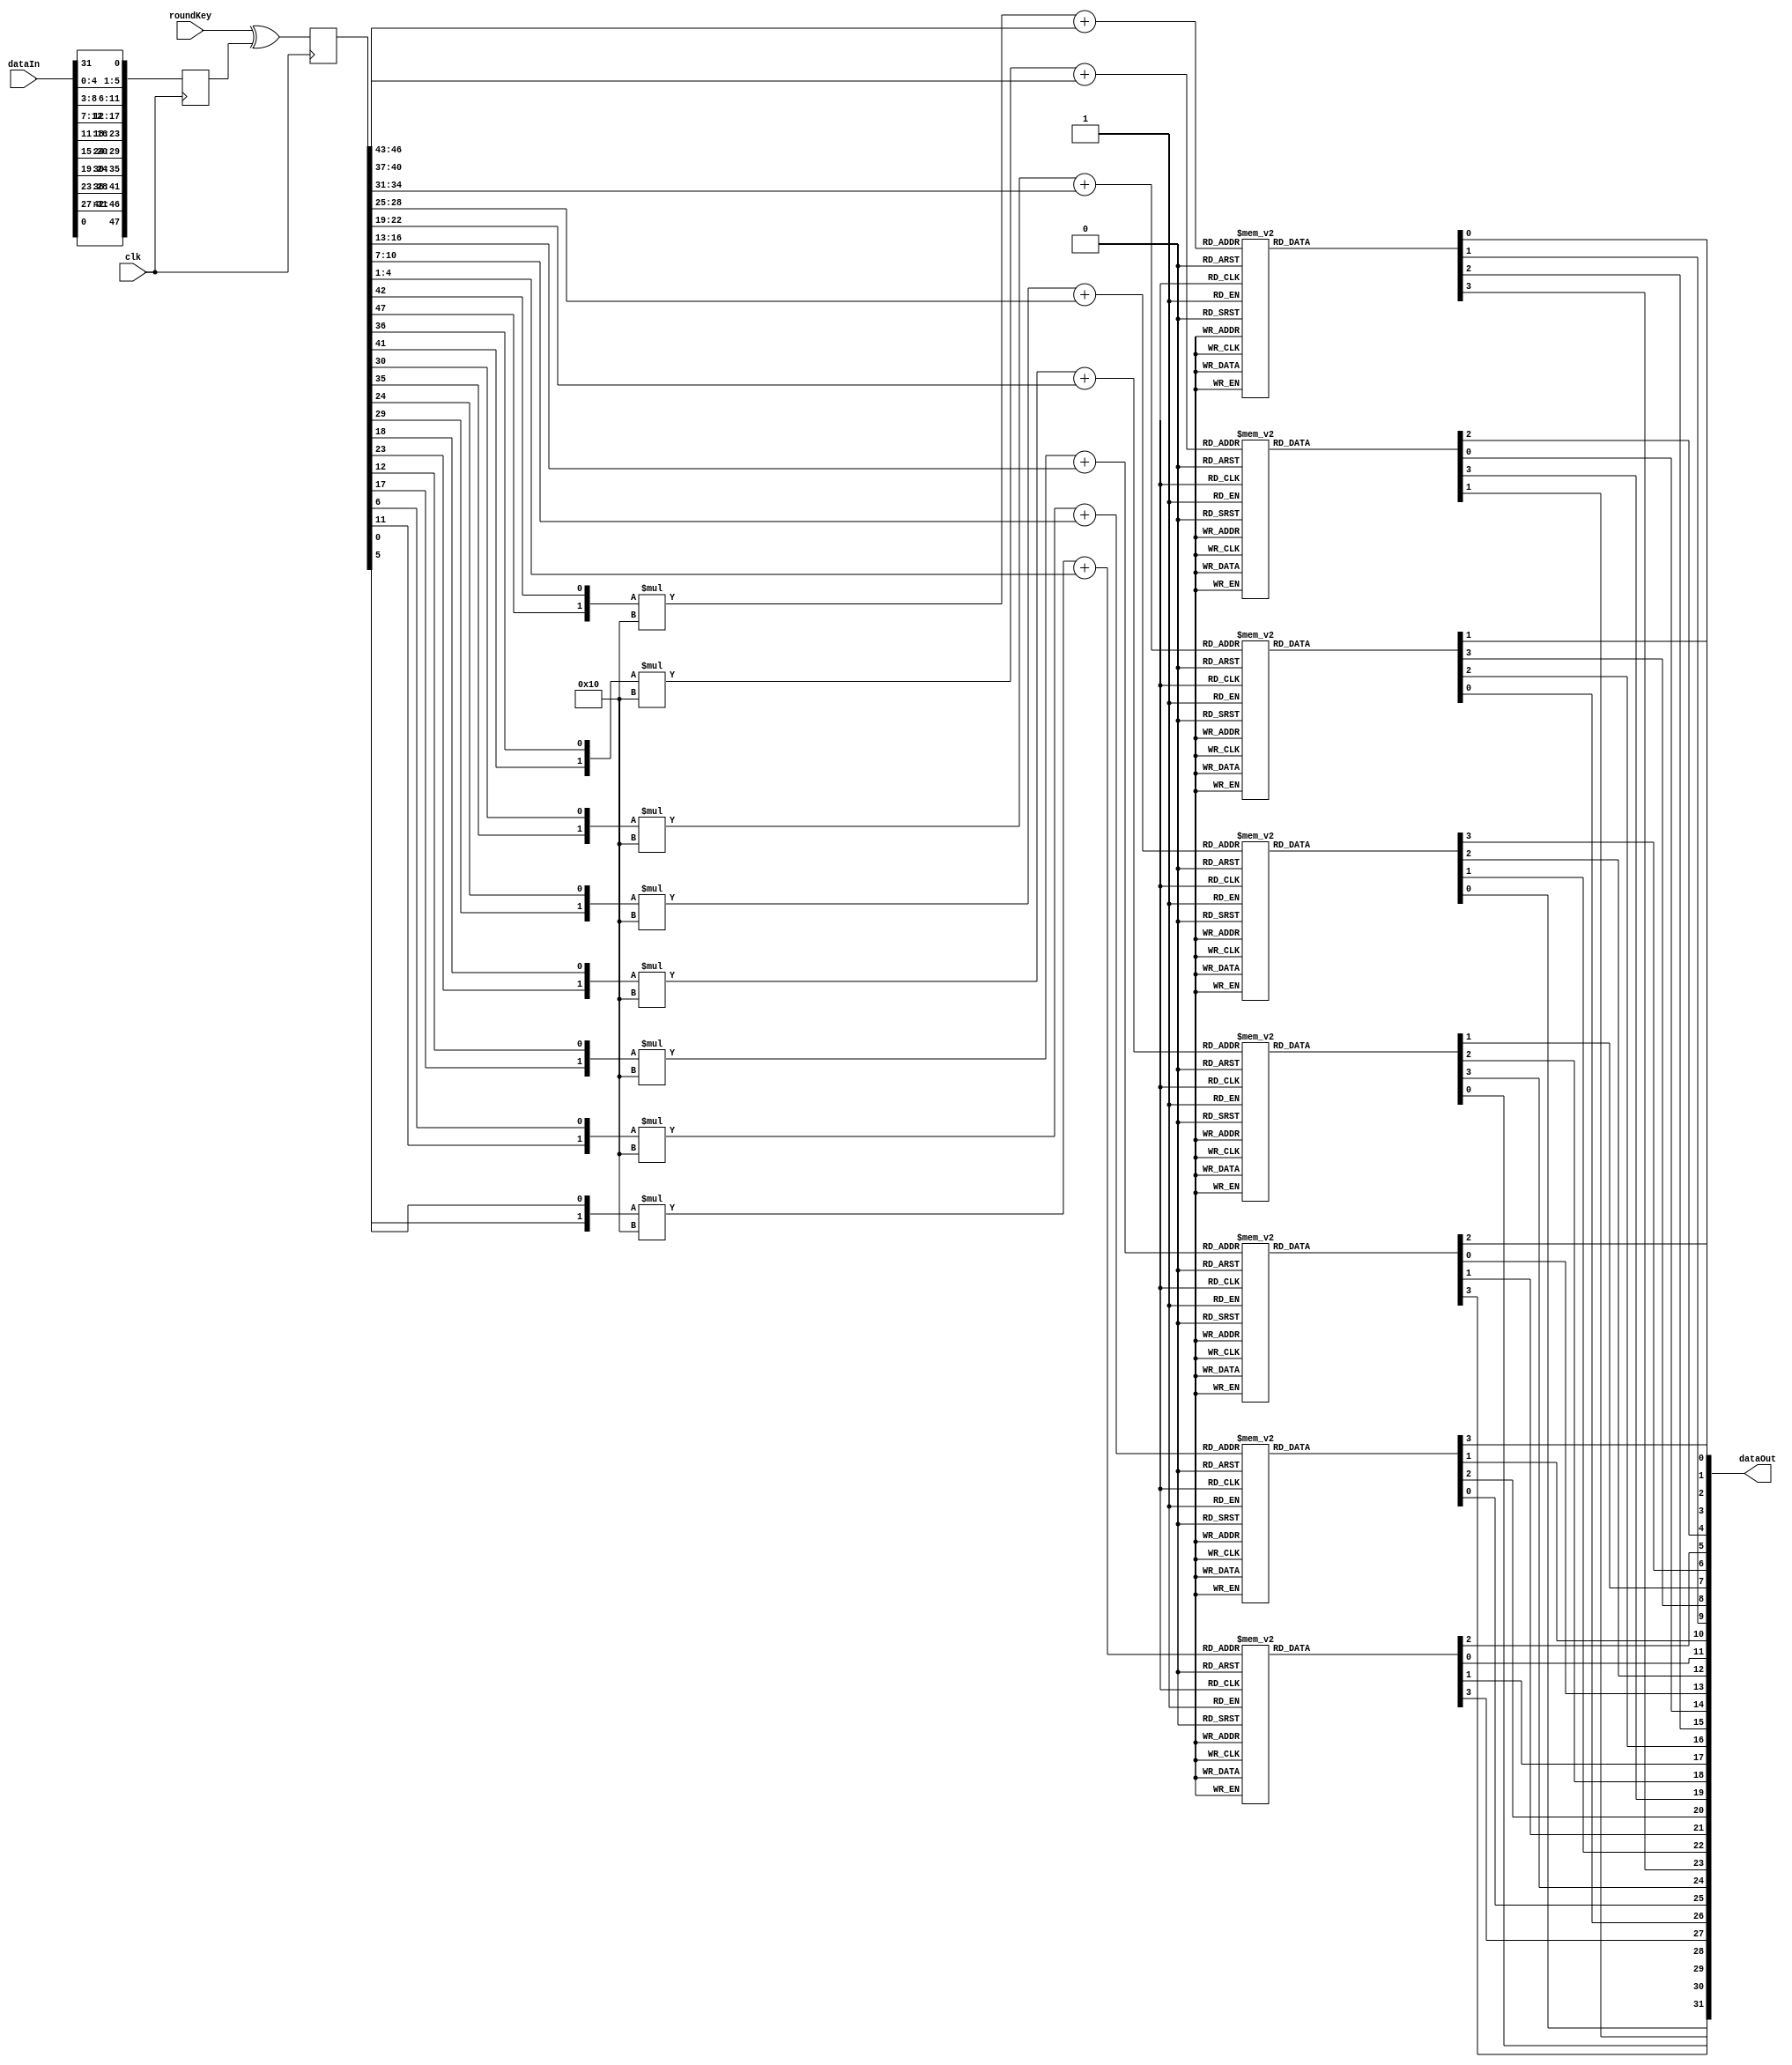
`timescale 1ns / 1ps
//////////////////////////////////////////////////////////////////////////////////
// Company: 
// Engineer: 
// 
// Design Name: 
// Module Name: des_func
// Project Name: 
// Target Devices: 
// Tool Versions: 
// Description: 
// 
// Dependencies: 
// 
// Revision:
// Revision 0.01 - File Created
// Additional Comments:
// 
//////////////////////////////////////////////////////////////////////////////////


module des_func(clk, dataIn, roundKey, dataOut);

function [47:0] expansion;
    input [31:0] in;
    integer expansion_table[47:0];
    integer i;
    begin
        expansion_table[0] = 31;
        expansion_table[1] = 0;
        expansion_table[2] = 1;
        expansion_table[3] = 2;
        expansion_table[4] = 3;
        expansion_table[5] = 4;
        expansion_table[6] = 3;
        expansion_table[7] = 4;
        expansion_table[8] = 5;
        expansion_table[9] = 6;
        expansion_table[10] = 7;
        expansion_table[11] = 8;
        expansion_table[12] = 7;
        expansion_table[13] = 8;
        expansion_table[14] = 9;
        expansion_table[15] = 10;
        expansion_table[16] = 11;
        expansion_table[17] = 12;
        expansion_table[18] = 11;
        expansion_table[19] = 12;
        expansion_table[20] = 13;
        expansion_table[21] = 14;
        expansion_table[22] = 15;
        expansion_table[23] = 16;
        expansion_table[24] = 15;
        expansion_table[25] = 16;
        expansion_table[26] = 17;
        expansion_table[27] = 18;
        expansion_table[28] = 19;
        expansion_table[29] = 20;
        expansion_table[30] = 19;
        expansion_table[31] = 20;
        expansion_table[32] = 21;
        expansion_table[33] = 22;
        expansion_table[34] = 23;
        expansion_table[35] = 24;
        expansion_table[36] = 23;
        expansion_table[37] = 24;
        expansion_table[38] = 25;
        expansion_table[39] = 26;
        expansion_table[40] = 27;
        expansion_table[41] = 28;
        expansion_table[42] = 27;
        expansion_table[43] = 28;
        expansion_table[44] = 29;
        expansion_table[45] = 30;
        expansion_table[46] = 31;
        expansion_table[47] = 0;
        
        for(i=0; i < 48; i=i+1)
            expansion[47-i] = in[31- expansion_table[i]];
    end
endfunction 

function [3:0] sBox1;
    input [1:0] row;
    input  [3:0] col;
    reg [3:0] sBoxTable[3:0][15:0];
    begin
 			sBoxTable[0][0] = 14;
			sBoxTable[0][1] = 4;
			sBoxTable[0][2] = 13;
			sBoxTable[0][3] = 1;
			sBoxTable[0][4] = 2;
			sBoxTable[0][5] = 15;
			sBoxTable[0][6] = 11;
			sBoxTable[0][7] = 8;
			sBoxTable[0][8] = 3;
			sBoxTable[0][9] = 10;
			sBoxTable[0][10] = 6;
			sBoxTable[0][11] = 12;
			sBoxTable[0][12] = 5;
			sBoxTable[0][13] = 9;
			sBoxTable[0][14] = 0;
			sBoxTable[0][15] = 7;
			sBoxTable[1][0] = 0;
			sBoxTable[1][1] = 15;
			sBoxTable[1][2] = 7;
			sBoxTable[1][3] = 4;
			sBoxTable[1][4] = 14;
			sBoxTable[1][5] = 2;
			sBoxTable[1][6] = 13;
			sBoxTable[1][7] = 1;
			sBoxTable[1][8] = 10;
			sBoxTable[1][9] = 6;
			sBoxTable[1][10] = 12;
			sBoxTable[1][11] = 11;
			sBoxTable[1][12] = 9;
			sBoxTable[1][13] = 5;
			sBoxTable[1][14] = 3;
			sBoxTable[1][15] = 8;
			sBoxTable[2][0] = 4;
			sBoxTable[2][1] = 1;
			sBoxTable[2][2] = 14;
			sBoxTable[2][3] = 8;
			sBoxTable[2][4] = 13;
			sBoxTable[2][5] = 6;
			sBoxTable[2][6] = 2;
			sBoxTable[2][7] = 11;
			sBoxTable[2][8] = 15;
			sBoxTable[2][9] = 12;
			sBoxTable[2][10] = 9;
			sBoxTable[2][11] = 7;
			sBoxTable[2][12] = 3;
			sBoxTable[2][13] = 10;
			sBoxTable[2][14] = 5;
			sBoxTable[2][15] = 0;
			sBoxTable[3][0] = 15;
			sBoxTable[3][1] = 12;
			sBoxTable[3][2] = 8;
			sBoxTable[3][3] = 2;
			sBoxTable[3][4] = 4;
			sBoxTable[3][5] = 9;
			sBoxTable[3][6] = 1;
			sBoxTable[3][7] = 7;
			sBoxTable[3][8] = 5;
			sBoxTable[3][9] = 11;
			sBoxTable[3][10] = 3;
			sBoxTable[3][11] = 14;
			sBoxTable[3][12] = 10;
			sBoxTable[3][13] = 0;
			sBoxTable[3][14] = 6;
			sBoxTable[3][15] = 13;   
            
            sBox1 = sBoxTable[row][col];
    end
endfunction

function [3:0] sBox2;
    input [1:0] row;
    input  [3:0] col;
    reg [3:0] sBoxTable[3:0][15:0];
    begin
            sBoxTable[0][0] = 15;
			sBoxTable[0][1] = 1;
			sBoxTable[0][2] = 8;
			sBoxTable[0][3] = 14;
			sBoxTable[0][4] = 6;
			sBoxTable[0][5] = 11;
			sBoxTable[0][6] = 3;
			sBoxTable[0][7] = 4;
			sBoxTable[0][8] = 9;
			sBoxTable[0][9] = 7;
			sBoxTable[0][10] = 2;
			sBoxTable[0][11] = 13;
			sBoxTable[0][12] = 12;
			sBoxTable[0][13] = 0;
			sBoxTable[0][14] = 5;
			sBoxTable[0][15] = 10;
			sBoxTable[1][0] = 3;
			sBoxTable[1][1] = 13;
			sBoxTable[1][2] = 4;
			sBoxTable[1][3] = 7;
			sBoxTable[1][4] = 15;
			sBoxTable[1][5] = 2;
			sBoxTable[1][6] = 8;
			sBoxTable[1][7] = 14;
			sBoxTable[1][8] = 12;
			sBoxTable[1][9] = 0;
			sBoxTable[1][10] = 1;
			sBoxTable[1][11] = 10;
			sBoxTable[1][12] = 6;
			sBoxTable[1][13] = 9;
			sBoxTable[1][14] = 11;
			sBoxTable[1][15] = 5;
			sBoxTable[2][0] = 0;
			sBoxTable[2][1] = 14;
			sBoxTable[2][2] = 7;
			sBoxTable[2][3] = 11;
			sBoxTable[2][4] = 10;
			sBoxTable[2][5] = 4;
			sBoxTable[2][6] = 13;
			sBoxTable[2][7] = 1;
			sBoxTable[2][8] = 5;
			sBoxTable[2][9] = 8;
			sBoxTable[2][10] = 12;
			sBoxTable[2][11] = 6;
			sBoxTable[2][12] = 9;
			sBoxTable[2][13] = 3;
			sBoxTable[2][14] = 2;
			sBoxTable[2][15] = 15;
			sBoxTable[3][0] = 13;
			sBoxTable[3][1] = 8;
			sBoxTable[3][2] = 10;
			sBoxTable[3][3] = 1;
			sBoxTable[3][4] = 3;
			sBoxTable[3][5] = 15;
			sBoxTable[3][6] = 4;
			sBoxTable[3][7] = 2;
			sBoxTable[3][8] = 11;
			sBoxTable[3][9] = 6;
			sBoxTable[3][10] = 7;
			sBoxTable[3][11] = 12;
			sBoxTable[3][12] = 0;
			sBoxTable[3][13] = 5;
			sBoxTable[3][14] = 14;
			sBoxTable[3][15] = 9;  
                
            sBox2 = sBoxTable[row][col];

    end
endfunction

function [3:0] sBox3;
    input [1:0] row;
    input  [3:0] col;
    reg [3:0] sBoxTable[3:0][15:0];
    begin
            sBoxTable[0][0] = 10;
			sBoxTable[0][1] = 0;
			sBoxTable[0][2] = 9;
			sBoxTable[0][3] = 14;
			sBoxTable[0][4] = 6;
			sBoxTable[0][5] = 3;
			sBoxTable[0][6] = 15;
			sBoxTable[0][7] = 5;
			sBoxTable[0][8] = 1;
			sBoxTable[0][9] = 13;
			sBoxTable[0][10] = 12;
			sBoxTable[0][11] = 7;
			sBoxTable[0][12] = 11;
			sBoxTable[0][13] = 4;
			sBoxTable[0][14] = 2;
			sBoxTable[0][15] = 8;
			sBoxTable[1][0] = 13;
			sBoxTable[1][1] = 7;
			sBoxTable[1][2] = 0;
			sBoxTable[1][3] = 9;
			sBoxTable[1][4] = 3;
			sBoxTable[1][5] = 4;
			sBoxTable[1][6] = 6;
			sBoxTable[1][7] = 10;
			sBoxTable[1][8] = 2;
			sBoxTable[1][9] = 8;
			sBoxTable[1][10] = 5;
			sBoxTable[1][11] = 14;
			sBoxTable[1][12] = 12;
			sBoxTable[1][13] = 11;
			sBoxTable[1][14] = 15;
			sBoxTable[1][15] = 1;
			sBoxTable[2][0] = 13;
			sBoxTable[2][1] = 6;
			sBoxTable[2][2] = 4;
			sBoxTable[2][3] = 9;
			sBoxTable[2][4] = 8;
			sBoxTable[2][5] = 15;
			sBoxTable[2][6] = 3;
			sBoxTable[2][7] = 0;
			sBoxTable[2][8] = 11;
			sBoxTable[2][9] = 1;
			sBoxTable[2][10] = 2;
			sBoxTable[2][11] = 12;
			sBoxTable[2][12] = 5;
			sBoxTable[2][13] = 10;
			sBoxTable[2][14] = 14;
			sBoxTable[2][15] = 7;
			sBoxTable[3][0] = 1;
			sBoxTable[3][1] = 10;
			sBoxTable[3][2] = 13;
			sBoxTable[3][3] = 0;
			sBoxTable[3][4] = 6;
			sBoxTable[3][5] = 9;
			sBoxTable[3][6] = 8;
			sBoxTable[3][7] = 7;
			sBoxTable[3][8] = 4;
			sBoxTable[3][9] = 15;
			sBoxTable[3][10] = 14;
			sBoxTable[3][11] = 3;
			sBoxTable[3][12] = 11;
			sBoxTable[3][13] = 5;
			sBoxTable[3][14] = 2;
			sBoxTable[3][15] = 12;
            
            sBox3 = sBoxTable[row][col];

    end
endfunction

function [3:0] sBox4;
    input [1:0] row;
    input  [3:0] col;
    reg [3:0] sBoxTable[3:0][15:0];
    begin
            sBoxTable[0][0] = 7;
			sBoxTable[0][1] = 13;
			sBoxTable[0][2] = 14;
			sBoxTable[0][3] = 3;
			sBoxTable[0][4] = 0;
			sBoxTable[0][5] = 6;
			sBoxTable[0][6] = 9;
			sBoxTable[0][7] = 10;
			sBoxTable[0][8] = 1;
			sBoxTable[0][9] = 2;
			sBoxTable[0][10] = 8;
			sBoxTable[0][11] = 5;
			sBoxTable[0][12] = 11;
			sBoxTable[0][13] = 12;
			sBoxTable[0][14] = 4;
			sBoxTable[0][15] = 15;
			sBoxTable[1][0] = 13;
			sBoxTable[1][1] = 8;
			sBoxTable[1][2] = 11;
			sBoxTable[1][3] = 5;
			sBoxTable[1][4] = 6;
			sBoxTable[1][5] = 15;
			sBoxTable[1][6] = 0;
			sBoxTable[1][7] = 3;
			sBoxTable[1][8] = 4;
			sBoxTable[1][9] = 7;
			sBoxTable[1][10] = 2;
			sBoxTable[1][11] = 12;
			sBoxTable[1][12] = 1;
			sBoxTable[1][13] = 10;
			sBoxTable[1][14] = 14;
			sBoxTable[1][15] = 9;
			sBoxTable[2][0] = 10;
			sBoxTable[2][1] = 6;
			sBoxTable[2][2] = 9;
			sBoxTable[2][3] = 0;
			sBoxTable[2][4] = 12;
			sBoxTable[2][5] = 11;
			sBoxTable[2][6] = 7;
			sBoxTable[2][7] = 13;
			sBoxTable[2][8] = 15;
			sBoxTable[2][9] = 1;
			sBoxTable[2][10] = 3;
			sBoxTable[2][11] = 14;
			sBoxTable[2][12] = 5;
			sBoxTable[2][13] = 2;
			sBoxTable[2][14] = 8;
			sBoxTable[2][15] = 4;
			sBoxTable[3][0] = 3;
			sBoxTable[3][1] = 15;
			sBoxTable[3][2] = 0;
			sBoxTable[3][3] = 6;
			sBoxTable[3][4] = 10;
			sBoxTable[3][5] = 1;
			sBoxTable[3][6] = 13;
			sBoxTable[3][7] = 8;
			sBoxTable[3][8] = 9;
			sBoxTable[3][9] = 4;
			sBoxTable[3][10] = 5;
			sBoxTable[3][11] = 11;
			sBoxTable[3][12] = 12;
			sBoxTable[3][13] = 7;
			sBoxTable[3][14] = 2;
			sBoxTable[3][15] = 14;
           
            sBox4 = sBoxTable[row][col];

    end
endfunction

function [3:0] sBox5;
    input [1:0] row;
    input  [3:0] col;
    reg [3:0] sBoxTable[3:0][15:0];
    begin
            sBoxTable[0][0] = 2;
			sBoxTable[0][1] = 12;
			sBoxTable[0][2] = 4;
			sBoxTable[0][3] = 1;
			sBoxTable[0][4] = 7;
			sBoxTable[0][5] = 10;
			sBoxTable[0][6] = 11;
			sBoxTable[0][7] = 6;
			sBoxTable[0][8] = 8;
			sBoxTable[0][9] = 5;
			sBoxTable[0][10] = 3;
			sBoxTable[0][11] = 15;
			sBoxTable[0][12] = 13;
			sBoxTable[0][13] = 0;
			sBoxTable[0][14] = 14;
			sBoxTable[0][15] = 9;
			sBoxTable[1][0] = 14;
			sBoxTable[1][1] = 11;
			sBoxTable[1][2] = 2;
			sBoxTable[1][3] = 12;
			sBoxTable[1][4] = 4;
			sBoxTable[1][5] = 7;
			sBoxTable[1][6] = 13;
			sBoxTable[1][7] = 1;
			sBoxTable[1][8] = 5;
			sBoxTable[1][9] = 0;
			sBoxTable[1][10] = 15;
			sBoxTable[1][11] = 10;
			sBoxTable[1][12] = 3;
			sBoxTable[1][13] = 9;
			sBoxTable[1][14] = 8;
			sBoxTable[1][15] = 6;
			sBoxTable[2][0] = 4;
			sBoxTable[2][1] = 2;
			sBoxTable[2][2] = 1;
			sBoxTable[2][3] = 11;
			sBoxTable[2][4] = 10;
			sBoxTable[2][5] = 13;
			sBoxTable[2][6] = 7;
			sBoxTable[2][7] = 8;
			sBoxTable[2][8] = 15;
			sBoxTable[2][9] = 9;
			sBoxTable[2][10] = 12;
			sBoxTable[2][11] = 5;
			sBoxTable[2][12] = 6;
			sBoxTable[2][13] = 3;
			sBoxTable[2][14] = 0;
			sBoxTable[2][15] = 14;
			sBoxTable[3][0] = 11;
			sBoxTable[3][1] = 8;
			sBoxTable[3][2] = 12;
			sBoxTable[3][3] = 7;
			sBoxTable[3][4] = 1;
			sBoxTable[3][5] = 14;
			sBoxTable[3][6] = 2;
			sBoxTable[3][7] = 13;
			sBoxTable[3][8] = 6;
			sBoxTable[3][9] = 15;
			sBoxTable[3][10] = 0;
			sBoxTable[3][11] = 9;
			sBoxTable[3][12] = 10;
			sBoxTable[3][13] = 4;
			sBoxTable[3][14] = 5;
			sBoxTable[3][15] = 3;
			
            sBox5 = sBoxTable[row][col];
    end
endfunction

function [3:0] sBox6;
    input [1:0] row;
    input  [3:0] col;
    reg [3:0] sBoxTable[3:0][15:0];
    begin
            sBoxTable[0][0] = 12;
			sBoxTable[0][1] = 1;
			sBoxTable[0][2] = 10;
			sBoxTable[0][3] = 15;
			sBoxTable[0][4] = 9;
			sBoxTable[0][5] = 2;
			sBoxTable[0][6] = 6;
			sBoxTable[0][7] = 8;
			sBoxTable[0][8] = 0;
			sBoxTable[0][9] = 13;
			sBoxTable[0][10] = 3;
			sBoxTable[0][11] = 4;
			sBoxTable[0][12] = 14;
			sBoxTable[0][13] = 7;
			sBoxTable[0][14] = 5;
			sBoxTable[0][15] = 11;
			sBoxTable[1][0] = 10;
			sBoxTable[1][1] = 15;
			sBoxTable[1][2] = 4;
			sBoxTable[1][3] = 2;
			sBoxTable[1][4] = 7;
			sBoxTable[1][5] = 12;
			sBoxTable[1][6] = 9;
			sBoxTable[1][7] = 5;
			sBoxTable[1][8] = 6;
			sBoxTable[1][9] = 1;
			sBoxTable[1][10] = 13;
			sBoxTable[1][11] = 14;
			sBoxTable[1][12] = 0;
			sBoxTable[1][13] = 11;
			sBoxTable[1][14] = 3;
			sBoxTable[1][15] = 8;
			sBoxTable[2][0] = 9;
			sBoxTable[2][1] = 14;
			sBoxTable[2][2] = 15;
			sBoxTable[2][3] = 5;
			sBoxTable[2][4] = 2;
			sBoxTable[2][5] = 8;
			sBoxTable[2][6] = 12;
			sBoxTable[2][7] = 3;
			sBoxTable[2][8] = 7;
			sBoxTable[2][9] = 0;
			sBoxTable[2][10] = 4;
			sBoxTable[2][11] = 10;
			sBoxTable[2][12] = 1;
			sBoxTable[2][13] = 13;
			sBoxTable[2][14] = 11;
			sBoxTable[2][15] = 6;
			sBoxTable[3][0] = 4;
			sBoxTable[3][1] = 3;
			sBoxTable[3][2] = 2;
			sBoxTable[3][3] = 12;
			sBoxTable[3][4] = 9;
			sBoxTable[3][5] = 5;
			sBoxTable[3][6] = 15;
			sBoxTable[3][7] = 10;
			sBoxTable[3][8] = 11;
			sBoxTable[3][9] = 14;
			sBoxTable[3][10] = 1;
			sBoxTable[3][11] = 7;
			sBoxTable[3][12] = 6;
			sBoxTable[3][13] = 0;
			sBoxTable[3][14] = 8;
			sBoxTable[3][15] = 13;
 
            sBox6 = sBoxTable[row][col];
    end
endfunction

function [3:0] sBox7;
    input [1:0] row;
    input  [3:0] col;
    reg [3:0] sBoxTable[3:0][15:0];
    begin
            sBoxTable[0][0] = 4;
			sBoxTable[0][1] = 11;
			sBoxTable[0][2] = 2;
			sBoxTable[0][3] = 14;
			sBoxTable[0][4] = 15;
			sBoxTable[0][5] = 0;
			sBoxTable[0][6] = 8;
			sBoxTable[0][7] = 13;
			sBoxTable[0][8] = 3;
			sBoxTable[0][9] = 12;
			sBoxTable[0][10] = 9;
			sBoxTable[0][11] = 7;
			sBoxTable[0][12] = 5;
			sBoxTable[0][13] = 10;
			sBoxTable[0][14] = 6;
			sBoxTable[0][15] = 1;
			sBoxTable[1][0] = 13;
			sBoxTable[1][1] = 0;
			sBoxTable[1][2] = 11;
			sBoxTable[1][3] = 7;
			sBoxTable[1][4] = 4;
			sBoxTable[1][5] = 9;
			sBoxTable[1][6] = 1;
			sBoxTable[1][7] = 10;
			sBoxTable[1][8] = 14;
			sBoxTable[1][9] = 3;
			sBoxTable[1][10] = 5;
			sBoxTable[1][11] = 12;
			sBoxTable[1][12] = 2;
			sBoxTable[1][13] = 15;
			sBoxTable[1][14] = 8;
			sBoxTable[1][15] = 6;
			sBoxTable[2][0] = 1;
			sBoxTable[2][1] = 4;
			sBoxTable[2][2] = 11;
			sBoxTable[2][3] = 13;
			sBoxTable[2][4] = 12;
			sBoxTable[2][5] = 3;
			sBoxTable[2][6] = 7;
			sBoxTable[2][7] = 14;
			sBoxTable[2][8] = 10;
			sBoxTable[2][9] = 15;
			sBoxTable[2][10] = 6;
			sBoxTable[2][11] = 8;
			sBoxTable[2][12] = 0;
			sBoxTable[2][13] = 5;
			sBoxTable[2][14] = 9;
			sBoxTable[2][15] = 2;
			sBoxTable[3][0] = 6;
			sBoxTable[3][1] = 11;
			sBoxTable[3][2] = 13;
			sBoxTable[3][3] = 8;
			sBoxTable[3][4] = 1;
			sBoxTable[3][5] = 4;
			sBoxTable[3][6] = 10;
			sBoxTable[3][7] = 7;
			sBoxTable[3][8] = 9;
			sBoxTable[3][9] = 5;
			sBoxTable[3][10] = 0;
			sBoxTable[3][11] = 15;
			sBoxTable[3][12] = 14;
			sBoxTable[3][13] = 2;
			sBoxTable[3][14] = 3;
			sBoxTable[3][15] = 12;
            
            sBox7 = sBoxTable[row][col];

    end
endfunction

function [3:0] sBox8;
    input [1:0] row;
    input  [3:0] col;
    reg [3:0] sBoxTable[3:0][15:0];
    begin
            sBoxTable[0][0] = 13;
			sBoxTable[0][1] = 2;
			sBoxTable[0][2] = 8;
			sBoxTable[0][3] = 4;
			sBoxTable[0][4] = 6;
			sBoxTable[0][5] = 15;
			sBoxTable[0][6] = 11;
			sBoxTable[0][7] = 1;
			sBoxTable[0][8] = 10;
			sBoxTable[0][9] = 9;
			sBoxTable[0][10] = 3;
			sBoxTable[0][11] = 14;
			sBoxTable[0][12] = 5;
			sBoxTable[0][13] = 0;
			sBoxTable[0][14] = 12;
			sBoxTable[0][15] = 7;
			sBoxTable[1][0] = 1;
			sBoxTable[1][1] = 15;
			sBoxTable[1][2] = 13;
			sBoxTable[1][3] = 8;
			sBoxTable[1][4] = 10;
			sBoxTable[1][5] = 3;
			sBoxTable[1][6] = 7;
			sBoxTable[1][7] = 4;
			sBoxTable[1][8] = 12;
			sBoxTable[1][9] = 5;
			sBoxTable[1][10] = 6;
			sBoxTable[1][11] = 11;
			sBoxTable[1][12] = 0;
			sBoxTable[1][13] = 14;
			sBoxTable[1][14] = 9;
			sBoxTable[1][15] = 2;
			sBoxTable[2][0] = 7;
			sBoxTable[2][1] = 11;
			sBoxTable[2][2] = 4;
			sBoxTable[2][3] = 1;
			sBoxTable[2][4] = 9;
			sBoxTable[2][5] = 12;
			sBoxTable[2][6] = 14;
			sBoxTable[2][7] = 2;
			sBoxTable[2][8] = 0;
			sBoxTable[2][9] = 6;
			sBoxTable[2][10] = 10;
			sBoxTable[2][11] = 13;
			sBoxTable[2][12] = 15;
			sBoxTable[2][13] = 3;
			sBoxTable[2][14] = 5;
			sBoxTable[2][15] = 8;
			sBoxTable[3][0] = 2;
			sBoxTable[3][1] = 1;
			sBoxTable[3][2] = 14;
			sBoxTable[3][3] = 7;
			sBoxTable[3][4] = 4;
			sBoxTable[3][5] = 10;
			sBoxTable[3][6] = 8;
			sBoxTable[3][7] = 13;
			sBoxTable[3][8] = 15;
			sBoxTable[3][9] = 12;
			sBoxTable[3][10] = 9;
			sBoxTable[3][11] = 0;
			sBoxTable[3][12] = 3;
			sBoxTable[3][13] = 5;
			sBoxTable[3][14] = 6;
			sBoxTable[3][15] = 11;
           
            sBox8 = sBoxTable[row][col];
    end
endfunction

function [31:0] permutation;
    input [31:0] in;
    integer permutatation_table[31:0];
    integer i;
    begin
        permutatation_table[0] = 15;
        permutatation_table[1] = 6;
        permutatation_table[2] = 19;
        permutatation_table[3] = 20;
        permutatation_table[4] = 28;
        permutatation_table[5] = 11;
        permutatation_table[6] = 27;
        permutatation_table[7] = 16;
        permutatation_table[8] = 0;
        permutatation_table[9] = 14;
        permutatation_table[10] = 22;
        permutatation_table[11] = 25;
        permutatation_table[12] = 4;
        permutatation_table[13] = 17;
        permutatation_table[14] = 30;
        permutatation_table[15] = 9;
        permutatation_table[16] = 1;
        permutatation_table[17] = 7;
        permutatation_table[18] = 23;
        permutatation_table[19] = 13;
        permutatation_table[20] = 31;
        permutatation_table[21] = 26;
        permutatation_table[22] = 2;
        permutatation_table[23] = 8;
        permutatation_table[24] = 18;
        permutatation_table[25] = 12;
        permutatation_table[26] = 29;
        permutatation_table[27] = 5;
        permutatation_table[28] = 21;
        permutatation_table[29] = 10;
        permutatation_table[30] = 3;
        permutatation_table[31] = 24;
        
        for(i=0; i < 32; i=i+1)
            permutation[31-i] = in[31- permutatation_table[i]];
    end
endfunction


input clk;
input [31:0] dataIn;
input [47:0] roundKey;
output [31:0] dataOut;
wire  [31:0] dataOut;
wire [31:0] S;
wire [3:0] S1;
wire [3:0] S2;
wire [3:0] S3;
wire [3:0] S4;
wire [3:0] S5;
wire [3:0] S6;
wire [3:0] S7;
wire [3:0] S8;
reg [47:0] expData;
reg [47:0] xorData;


always @(posedge clk)
begin
    expData = expansion(dataIn);
end

always @(posedge clk)
begin
    xorData <= roundKey ^ expData;    
end

//always @(posedge clk)
//begin    
//    S1 <= sBox1({ xorData[47], xorData[42] }, xorData[46:43]);
//    S2 <= sBox2({ xorData[41], xorData[36] }, xorData[40:37]);
//    S3 <= sBox3({ xorData[35], xorData[30] }, xorData[34:31]);
//    S4 <= sBox4({ xorData[29], xorData[24] }, xorData[28:25]);
//    S5 <= sBox5({ xorData[23], xorData[18] }, xorData[22:19]);    
//    S6 <= sBox6({ xorData[17], xorData[12] }, xorData[16:13]);
//    S7 <= sBox7({ xorData[11], xorData[6] }, xorData[10:7]);
//    S8 <= sBox8({ xorData[5], xorData[0] }, xorData[4:1]);
//end

//always @(posedge clk)
//begin    
//    dataOut <= permutation(S);
//end

assign S = { S1, S2, S3, S4, S5, S6, S7, S8 };
assign S1 = sBox1({ xorData[47], xorData[42] }, xorData[46:43]);
assign S2 = sBox2({ xorData[41], xorData[36] }, xorData[40:37]);
assign S3 = sBox3({ xorData[35], xorData[30] }, xorData[34:31]);
assign S4 = sBox4({ xorData[29], xorData[24] }, xorData[28:25]);
assign S5 = sBox5({ xorData[23], xorData[18] }, xorData[22:19]);    
assign S6 = sBox6({ xorData[17], xorData[12] }, xorData[16:13]);
assign S7 = sBox7({ xorData[11], xorData[6] }, xorData[10:7]);
assign S8 = sBox8({ xorData[5], xorData[0] }, xorData[4:1]);

assign dataOut = permutation(S);

endmodule